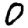
Digit: 0